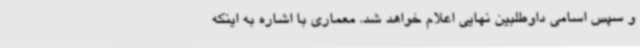
و سپس اسامی داوطلبین نهایی اعلام خواهد شد. معماری با اشاره به اینکه